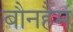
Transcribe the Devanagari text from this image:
बौनहैम